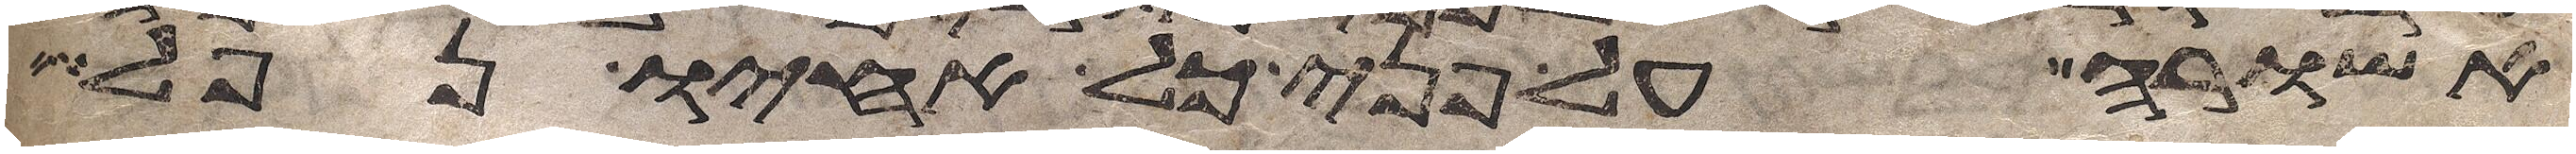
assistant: אשורה על פני כל אחיו נפל